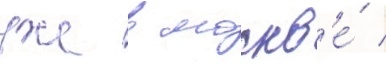
уже в москв'е́ /